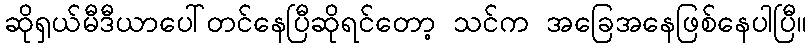
ဆိုရှယ်မီဒီယာပေါ်တင်နေပြီဆိုရင်တော့ သင်က အခြေအနေဖြစ်နေပါပြီ။